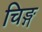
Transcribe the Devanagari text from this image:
चिङ्ग